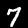
Label: 7